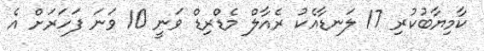
ކާމިޔާބުކުރި 17 ލަނޑާއެކު ރެއާލް މެޑްރިޑް ވަނީ 10 ވަނަ ފަހަރަށް އެ